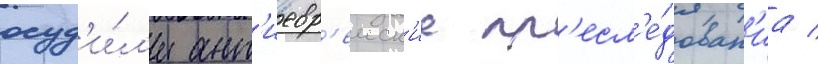
осуд'и́л'и ант'иевр'еиск'ие пр'есл'е́дован'иа /